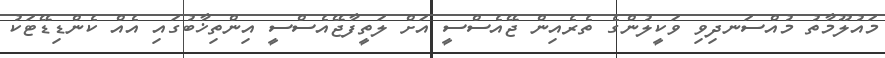
މައުލޫމާތު މުއްސަނދިވި ވަކީލުންގެ ތެރެއިން ޖޭއެސްސީ އަށް ލަތީފާޖޭއެސްސީ އިންތިޚާބުގައި އެއް ކެންޑިޑޭޓަކު